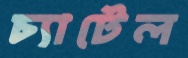
চ্যাটেল